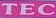
TEC